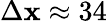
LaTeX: \Delta\mathbf{x}\approx34